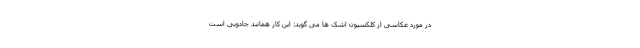
در مورد عکاسی از کلکسیون اشک ها می گوید: این کار همانند جادویی است